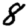
Digit: 8